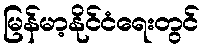
မြန်မာ့နိုင်ငံရေးတွင်